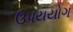
ઉપયયોગ